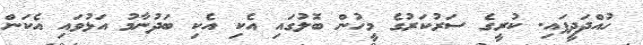
ހުއްދަދީފައި. ކުރީގެ ސަރުކަރުގެ މީހުން ބޮލުގައި އެކި އެކި ބަދުނާމު އަޅުވައި އެކަން